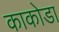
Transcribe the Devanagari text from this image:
काकोडा